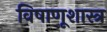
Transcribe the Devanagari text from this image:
विषाणूशास्त्र